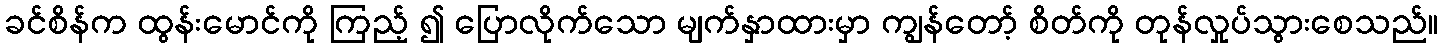
ခင်စိန်က ထွန်းမောင်ကို ကြည့် ၍ ပြောလိုက်သော မျက်နှာထားမှာ ကျွန်တော့် စိတ်ကို တုန်လှုပ်သွားစေသည်။